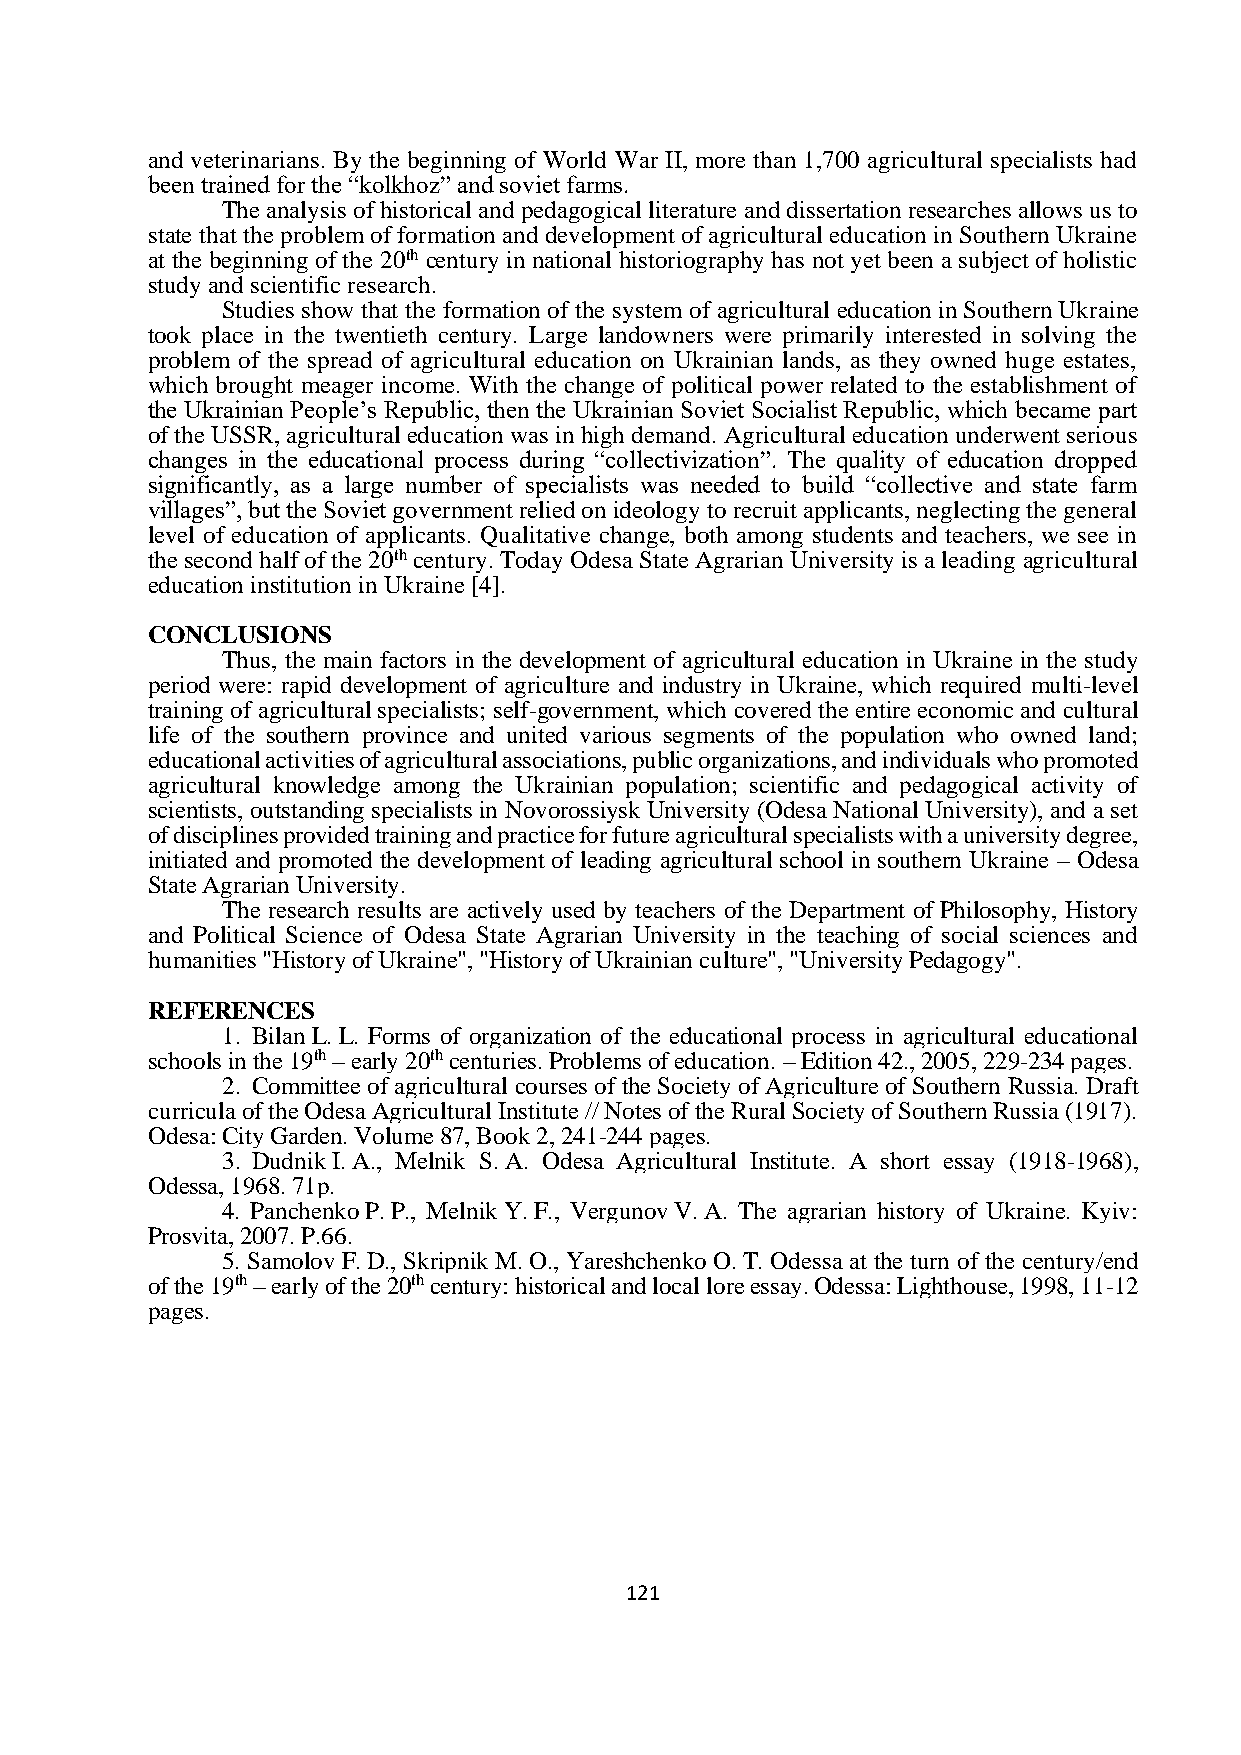
and veterinarians. By the beginning of World War II, more than 1,700 agricultural specialists had
 been trained for the “kolkhoz” and soviet farms.
 The analysis of historical and pedagogical literature and dissertation researches allows us to
 state that the problem of formation and development of agricultural education in Southern Ukraine
 at the beginning of the 20th century in national historiography has not yet been a subject of holistic
 study and scientific research.
 Studies show that the formation of the system of agricultural education in Southern Ukraine
 took place in the twentieth century. Large landowners were primarily interested in solving the
 problem of the spread of agricultural education on Ukrainian lands, as they owned huge estates,
 which brought meager income. With the change of political power related to the establishment of
 the Ukrainian People’s Republic, then the Ukrainian Soviet Socialist Republic, which became part
 of the USSR, agricultural education was in high demand. Agricultural education underwent serious
 changes in the educational process during “collectivization”. The quality of education dropped
 significantly, as a large number of specialists was needed to build “collective and state farm
 villages”, but the Soviet government relied on ideology to recruit applicants, neglecting the general
 level of education of applicants. Qualitative change, both among students and teachers, we see in
 the second half of the 20th century. Today Odesa State Agrarian University is a leading agricultural
 education institution in Ukraine [4].
 CONCLUSIONS
 Thus, the main factors in the development of agricultural education in Ukraine in the study
 period were: rapid development of agriculture and industry in Ukraine, which required multi-level
 training of agricultural specialists; self-government, which covered the entire economic and cultural
 life of the southern province and united various segments of the population who owned land;
 educational activities of agricultural associations, public organizations, and individuals who promoted
 agricultural knowledge among the Ukrainian population; scientific and pedagogical activity of
 scientists, outstanding specialists in Novorossiysk University (Odesa National University), and a set
 of disciplines provided training and practice for future agricultural specialists with a university degree,
 initiated and promoted the development of leading agricultural school in southern Ukraine – Odesa
 State Agrarian University.
 The research results are actively used by teachers of the Department of Philosophy, History
 and Political Science of Odesa State Agrarian University in the teaching of social sciences and
 humanities "History of Ukraine", "History of Ukrainian culture", "University Pedagogy".
 REFERENCES
 1. Bilan L. L. Forms of organization of the educational process in agricultural educational
 schools in the 19th – early 20th centuries. Problems of education. – Edition 42., 2005, 229-234 pages.
 2. Committee of agricultural courses of the Society of Agriculture of Southern Russia. Draft
 curricula of the Odesa Agricultural Institute // Notes of the Rural Society of Southern Russia (1917).
 Odesa: City Garden. Volume 87, Book 2, 241-244 pages.
 3. Dudnik I. A., Melnik S. A. Odesa Agricultural Institute. A short essay (1918-1968),
 Odessa, 1968. 71p.
 4. Panchenko P. P., Melnik Y. F., Vergunov V. A. The agrarian history of Ukraine. Kyiv:
 Prosvita, 2007. P.66.
 5. Samolov F. D., Skripnik M. O., Yareshchenko O. T. Odessa at the turn of the century/end
 of the 19th – early of the 20th century: historical and local lore essay. Odessa: Lighthouse, 1998, 11-12
 pages.
 121